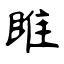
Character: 雎